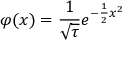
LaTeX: \varphi ( x ) = { \frac { 1 } { \sqrt { \tau } } } e ^ { - { \frac { 1 } { 2 } } x ^ { 2 } }